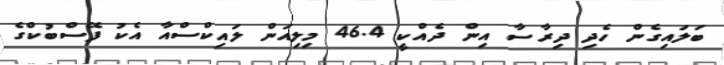
ބަލައިގެން ހެދި ދިރާސާ އިން ދެއްކީ 46.4 މިލިއަން ލައިކްސްއާ އެކު ފޭސްބުކްގެ